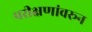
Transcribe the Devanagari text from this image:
परीक्षणांवरून